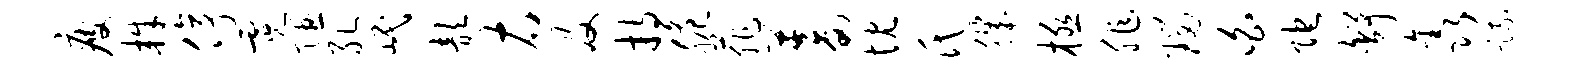
疲株停霓隰孔岷歆右及持脆菲蓄忱氏肌极非瑙白陀舒鑫疏